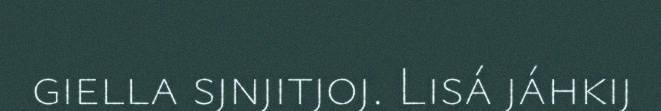
giella sjnjitjoj. Lisá jáhkij